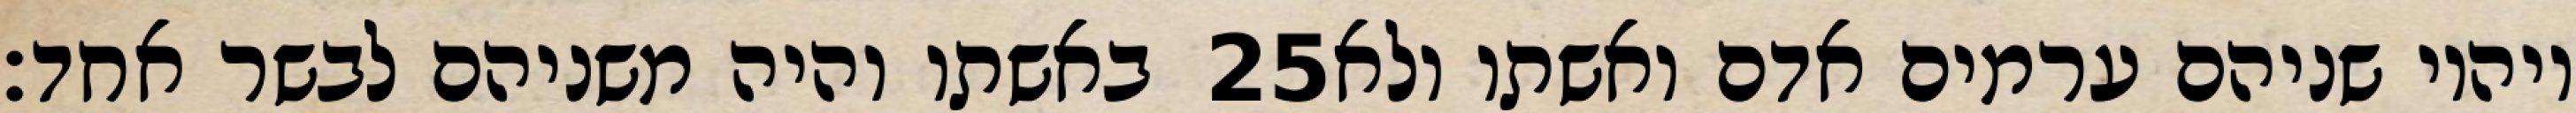
באשתו והיה משניהם לבשר אחד׃ ‎25‏ ויהיו שניהם ערמים אדם ואשתו ולא